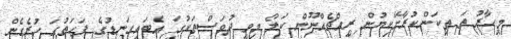
މިހާރު ތަ ތިކަންކުރާށޭކިޔުން ރީއްޗެއްނޫން ކަލޯ މިވީ ދުވަސްތަކުގަ އެބައިގަނޑުގެ ފަހަތުގަ ހުރެގެން